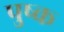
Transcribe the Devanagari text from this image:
पुष्क